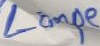
Text: Lampe